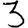
Digit: 3